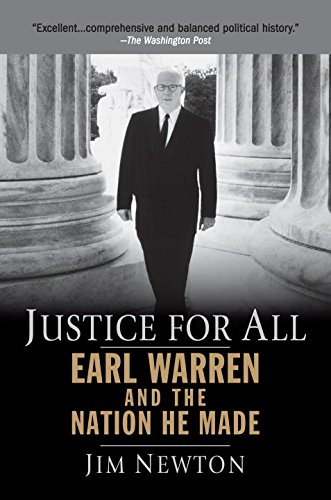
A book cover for Justice for All: Earl Warren and the Nation He Made; Jim Newton; Law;